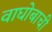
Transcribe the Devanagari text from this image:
वाघोबाची